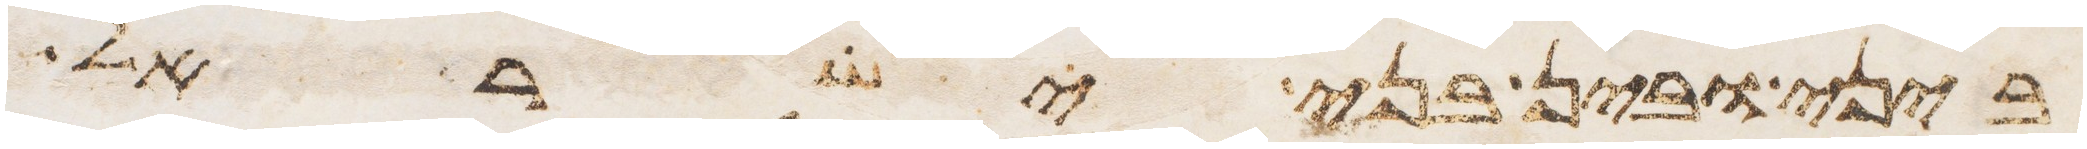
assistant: ביני ובין בני ישראל